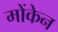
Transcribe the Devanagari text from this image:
मोंकेन